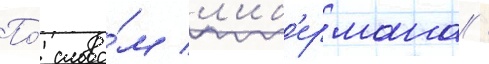
По́ слова́м л'иб'ермана /